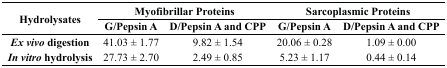
| <ROWSPAN=2> Hydrolysates | <COLSPAN=2> Myofibrillar Proteins | <COLSPAN=2> Sarcoplasmic Proteins |
 | G/Pepsin A | D/Pepsin A and CPP | G/Pepsin A | D/Pepsin A and CPP |
 | --- | --- | --- | --- | --- |
 | Ex vivo digestion | 41.03 ± 1.77 | 9.82 ± 1.54 | 20.06 ± 0.28 | 1.09 ± 0.00 |
 | In vitro hydrolysis | 27.73 ± 2.70 | 2.49 ± 0.85 | 5.23 ± 1.17 | 0.44 ± 0.14 |